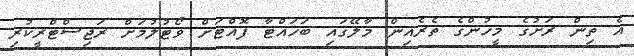
އެ ތިން ރަށުގެ މީހުންގެ ތެރެއިން މާލޭގައި ބަހައްޓާ ފޮއްޓަށް ވޯޓުލުމަށް ރަޖިސްޓްރީކުރި